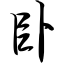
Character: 卧